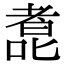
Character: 㗯